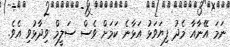
ނަމަ އޭނާއާ މެދު ފިޔަވަޅު އަޅާނެ ކަމަށް ވެސް ސަލީމް ވިދާޅުވި އެވެ.